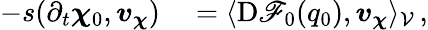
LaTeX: \begin{array}{rl}{-s(\partial_{t}\boldsymbol{\chi}_{0},\boldsymbol{v}_{\boldsymbol{\chi}})}&{{}=\langle\mathrm{D}\mathscr{F}_{0}(q_{0}),\boldsymbol{v}_{\boldsymbol{\chi}}\rangle_{\mathcal{V}}\, ,}\end{array}